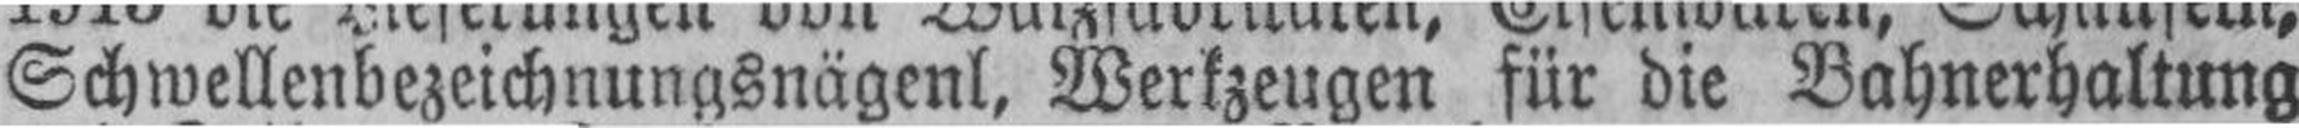
Schwellenbezeichnungsnägenl, Werkzeugen für die Bahnerhaltung